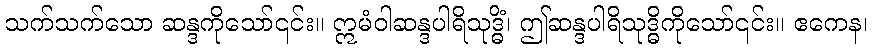
သက်သက်သော ဆန္ဒကိုသော်၎င်း။ ဣမံဝါဆန္ဒပါရိသုဒ္ဓိံ၊ ဤဆန္ဒပါရိသုဒ္ဓိကိုသော်၎င်း။ ဧကေန၊